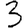
Digit: 3